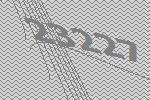
23227